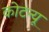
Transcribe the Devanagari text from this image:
कोटन्यू